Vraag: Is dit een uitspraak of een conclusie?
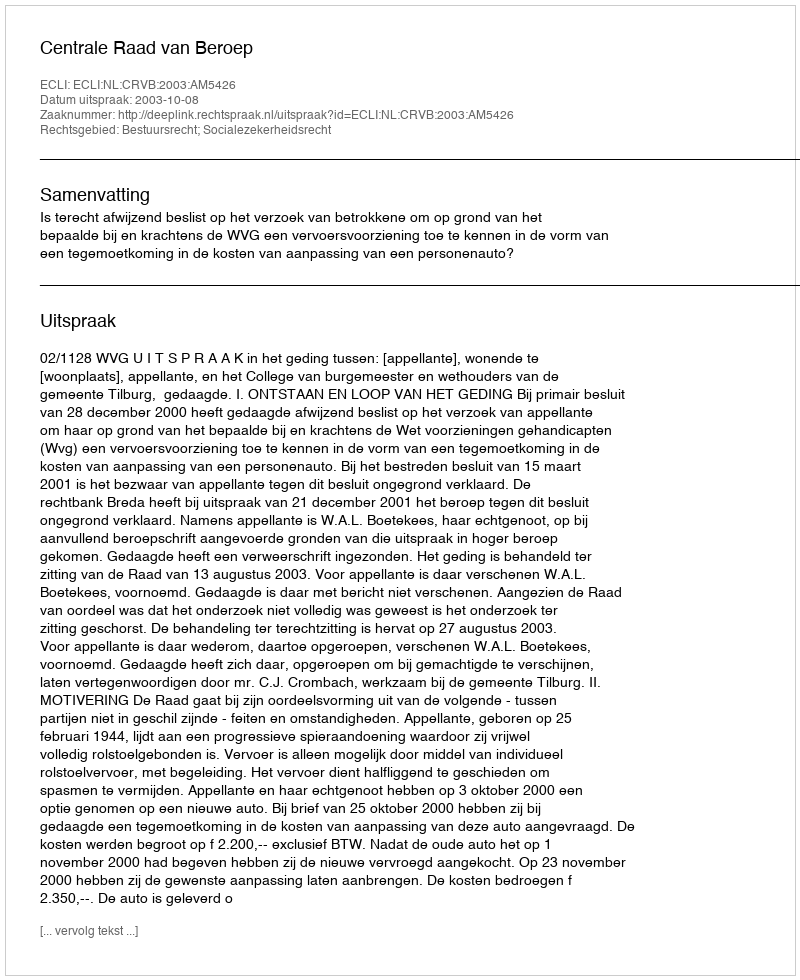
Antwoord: Uitspraak